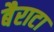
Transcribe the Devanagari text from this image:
बैराटा